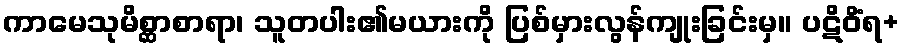
ကာမေသုမိစ္ဆာစာရာ၊ သူတပါး၏မယားကို ပြစ်မှားလွန်ကျုးခြင်းမှ။ ပဋိဝိံရ+